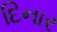
દિનાર